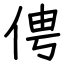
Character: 俜